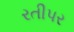
રતીપર